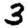
Digit: 3